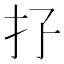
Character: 𢩯